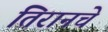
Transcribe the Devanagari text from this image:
तिरानचे